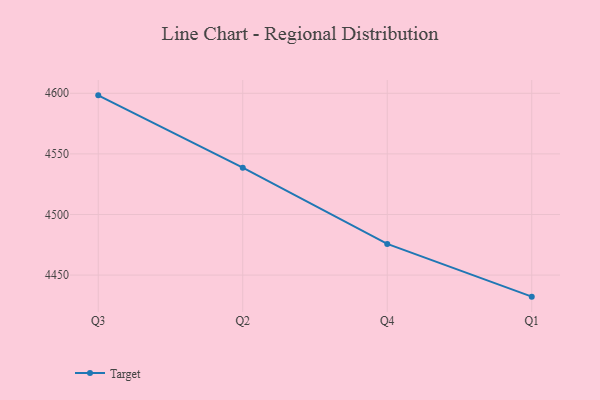
{"axis": {"x": "Quarter", "y": "Customer Acquisition Cost (USD)"}, "legend": ["Target"], "data": [{"x": "Q3", "y": 4598.3, "type": "Target"}, {"x": "Q2", "y": 4538.6, "type": "Target"}, {"x": "Q4", "y": 4475.7, "type": "Target"}, {"x": "Q1", "y": 4432.2, "type": "Target"}]}